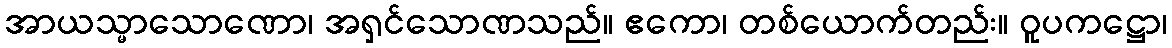
အာယသ္မာသောဏော၊ အရှင်သောဏသည်။ ဧကော၊ တစ်ယောက်တည်း။ ဝူပကဋ္ဌော၊